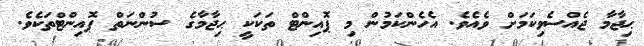
ޙިޖާމާ ޖެއްސެވިކަމަށް ވެއެވެ. އެހެންކަމުން މި ޕޮއިންޓް ތަކަކީ ޙިޖާމާގެ ސުންނަތް ޕޮއިންޓްތަކެވެ.